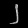
Digit: ၂